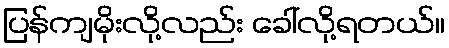
ပြန်ကျမိုးလို့လည်း ခေါ်လို့ရတယ်။